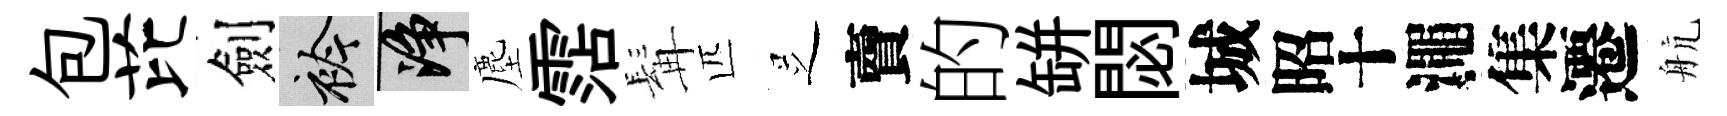
包芘劍衿净塵霑髯匹𠯁𧶠的缾閟城昭十澠集遷航